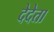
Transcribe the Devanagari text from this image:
देदेता